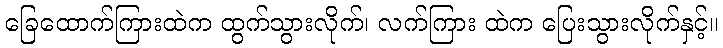
ခြေထောက်ကြားထဲက ထွက်သွားလိုက်၊ လက်ကြား ထဲက ပြေးသွားလိုက်နှင့်။